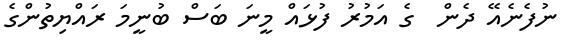
ނުފެނެއޭ ދެން  ގެ އަމުރު ފުޅައް މީނަ ބަސް ބުނީމަ ރައްޔިތުންގެ